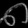
Digit: ၈